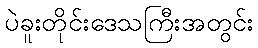
ပဲခူးတိုင်းဒေသကြီးအတွင်း